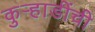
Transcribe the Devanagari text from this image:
कुऱ्हाडींची